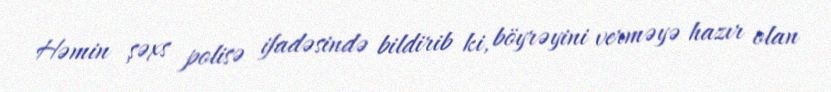
Həmin şəxs polisə ifadəsində bildirib ki, böyrəyini verməyə hazır olan